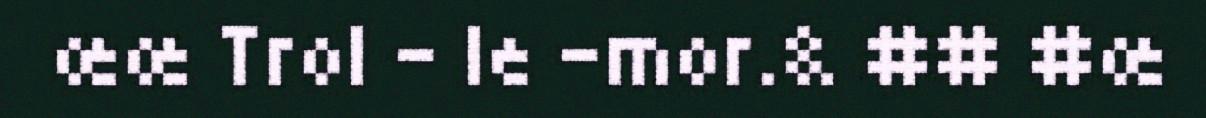
œœ Trol - le -mor.& ## #œ